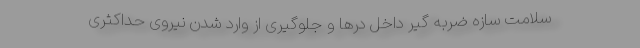
سلامت سازه ضربه گیر داخل درها و جلوگیری از وارد شدن نیروی حداکثری